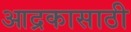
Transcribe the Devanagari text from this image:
आद्रकासाठी